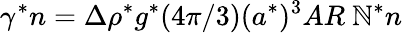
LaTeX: \gamma^{*}n=\Delta\rho^{*}g^{*}({4\pi}/{3})(a^{*})^{3}AR~\mathbb{N}^{*}n